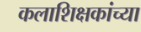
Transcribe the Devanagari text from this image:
कलाशिक्षकांच्या